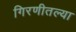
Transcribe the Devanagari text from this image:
गिरणीतल्या